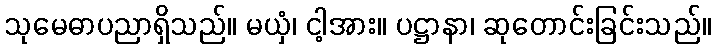
သုမေဓာပညာရှိသည်။ မယှံ၊ ငါ့အား။ ပဋ္ဌာနာ၊ ဆုတောင်းခြင်းသည်။